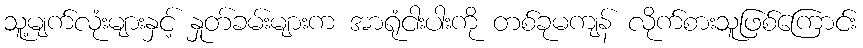
သူ့မျက်လုံးများနှင့် နှုတ်ခမ်းများက အာရုံငါးပါးကို တစ်ခုမကျန် လိုက်စားသူဖြစ်ကြောင်း